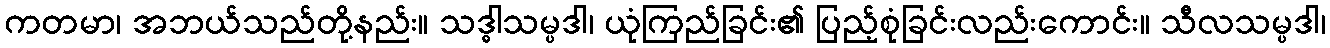
ကတမာ၊ အဘယ်သည်တို့နည်း။ သဒ္ဓါသမ္ပဒါ၊ ယုံကြည်ခြင်း၏ ပြည့်စုံခြင်းလည်းကောင်း။ သီလသမ္ပဒါ၊